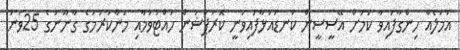
އަމަލެއް ހިންގާފައިވާ ކަމަށް އޭސީސީން ކަނޑައަޅާފައިވަނީ ކޮރަޕްޝަން ހުއްޓުވުމާއި މަނާކުރުމުގެ ގާނޫނުގެ 25ވަނަ